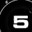
Digit: 5